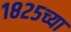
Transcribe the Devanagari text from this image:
१८२५च्या